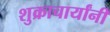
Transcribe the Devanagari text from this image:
शुक्राचार्यांनी